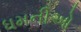
ધમનીઓ